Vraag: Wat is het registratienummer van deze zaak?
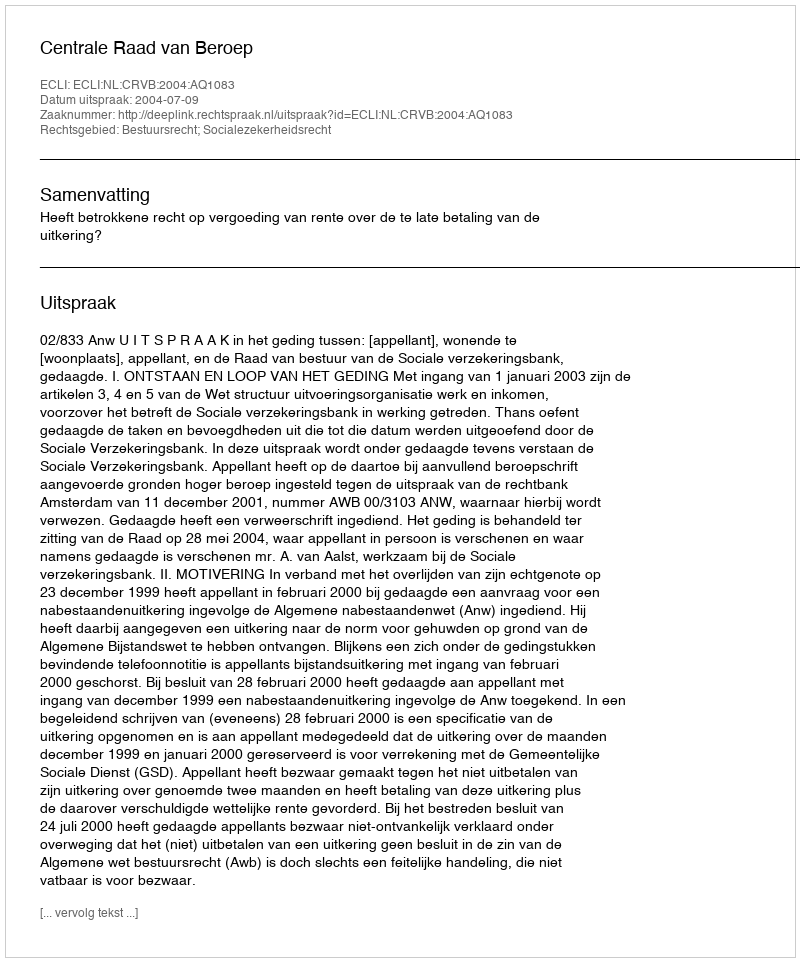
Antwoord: http://deeplink.rechtspraak.nl/uitspraak?id=ECLI:NL:CRVB:2004:AQ1083